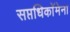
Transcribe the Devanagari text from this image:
सप्तधिकाॅेमेना